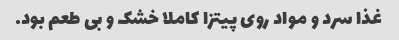
غذا سرد و مواد روی پیتزا کاملا خشک و بی طعم بود.